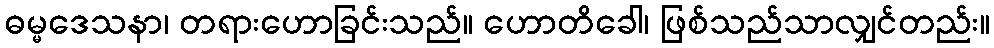
ဓမ္မဒေသနာ၊ တရားဟောခြင်းသည်။ ဟောတိခေါ၊ ဖြစ်သည်သာလျှင်တည်း။